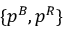
\{ p ^ { B } , p ^ { R } \}